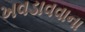
ખવડાવવાના